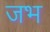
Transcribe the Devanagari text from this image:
जभ